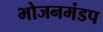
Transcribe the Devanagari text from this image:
भोजनमंडप